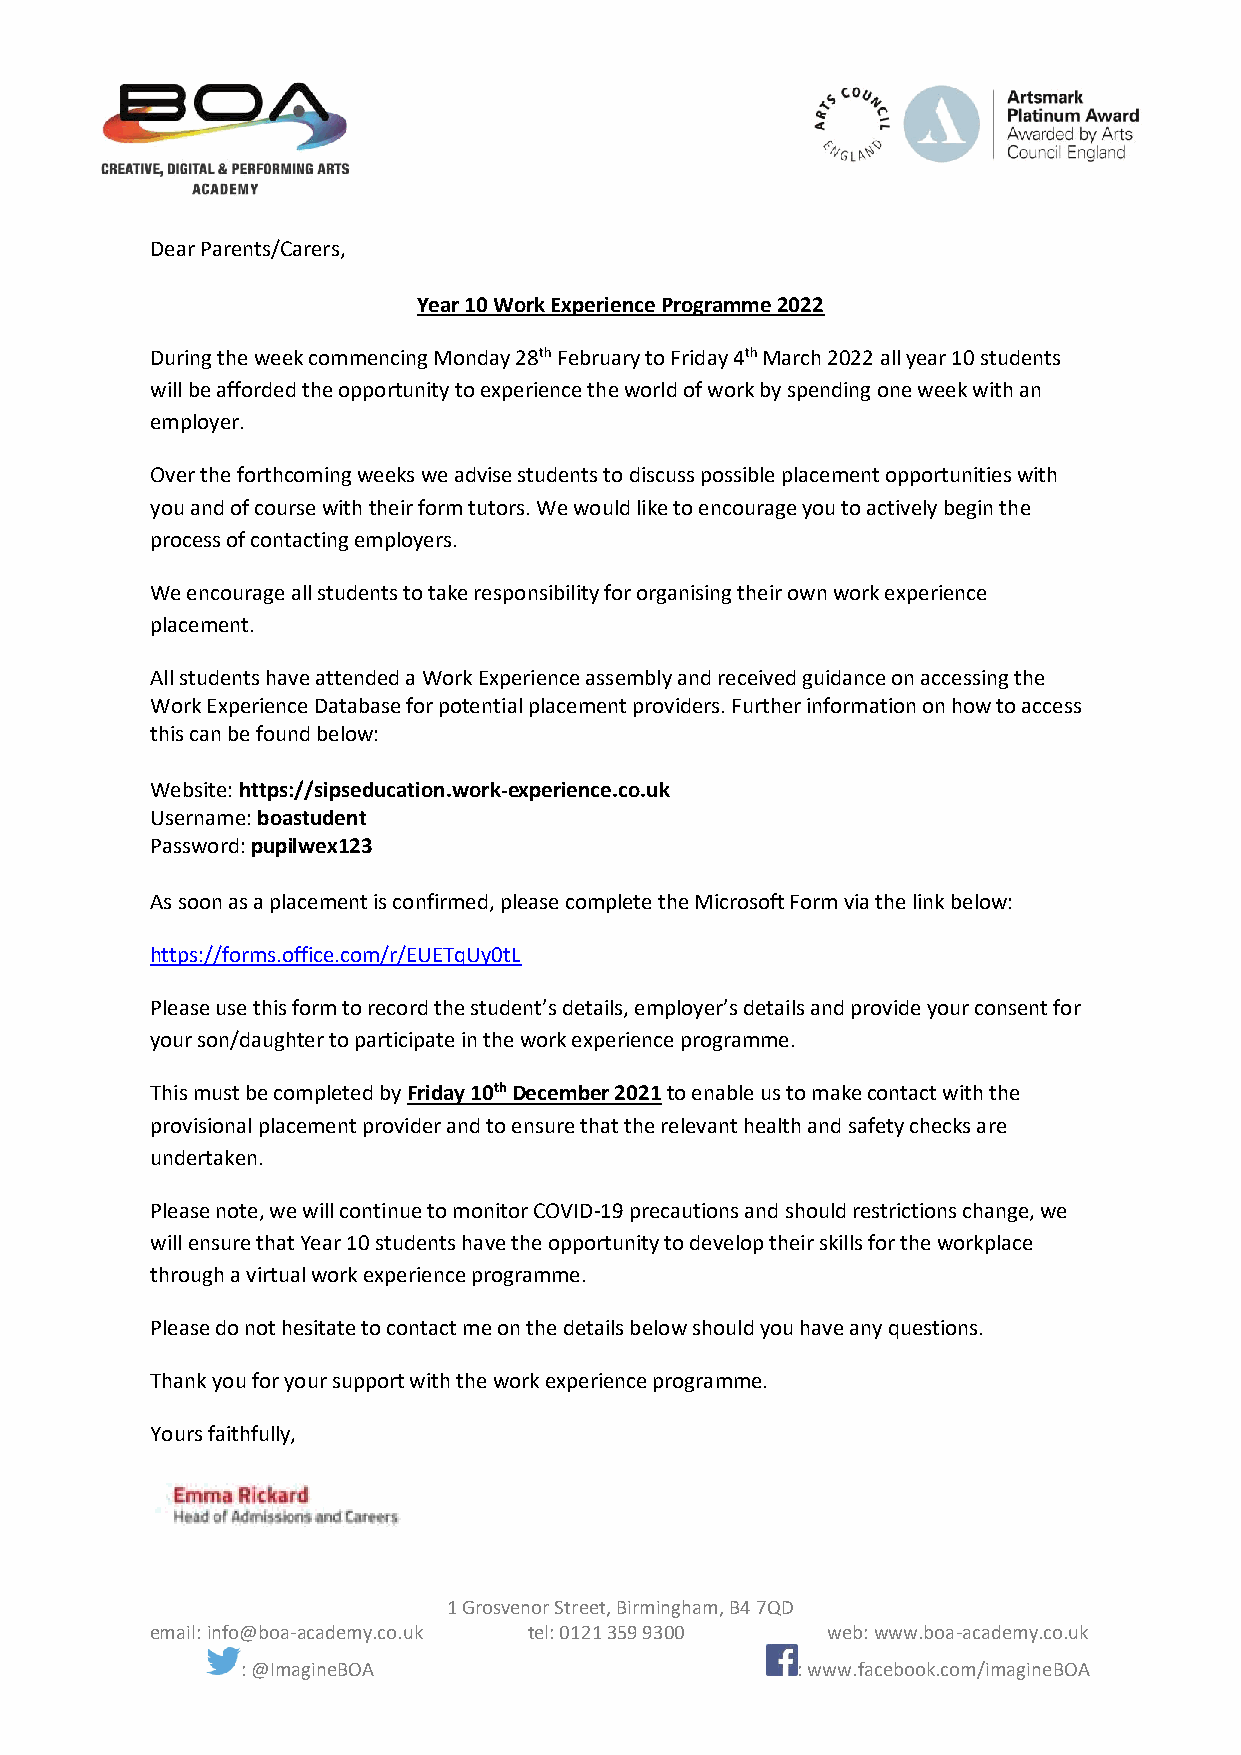
Dear Parents/Carers,
 Year 10 Work Experience Programme 2022
 During the week commencing Monday 28th February to Friday 4th March 2022 all year 10 students
 will be afforded the opportunity to experience the world of work by spending one week with an
 employer.
 Over the forthcoming weeks we advise students to discuss possible placement opportunities with
 you and of course with their form tutors. We would like to encourage you to actively begin the
 process of contacting employers.
 We encourage all students to take responsibility for organising their own work experience
 placement.
 All students have attended a Work Experience assembly and received guidance on accessing the
 Work Experience Database for potential placement providers. Further information on how to access
 this can be found below:
 Website: https://sipseducation.work-experience.co.uk
 Username: boastudent
 Password: pupilwex123
 As soon as a placement is confirmed, please complete the Microsoft Form via the link below:
 https://forms.office.com/r/EUETqUy0tL
 Please use this form to record the student’s details, employer’s details and provide your consent for
 your son/daughter to participate in the work experience programme.
 This must be completed by Friday 10th December 2021 to enable us to make contact with the
 provisional placement provider and to ensure that the relevant health and safety checks are
 undertaken.
 Please note, we will continue to monitor COVID-19 precautions and should restrictions change, we
 will ensure that Year 10 students have the opportunity to develop their skills for the workplace
 through a virtual work experience programme.
 Please do not hesitate to contact me on the details below should you have any questions.
 Thank you for your support with the work experience programme.
 Yours faithfully,
 1 Grosvenor Street, Birmingham, B4 7QD
 email: info@boa-academy.co.uk tel: 0121 359 9300 web: www.boa-academy.co.uk
 : @ImagineBOA                        : www.facebook.com/imagineBOA